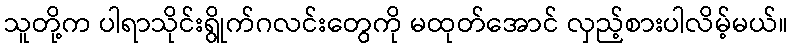
သူတို့က ပါရာသိုင်းရွိုက်ဂလင်းတွေကို မထုတ်အောင် လှည့်စားပါလိမ့်မယ်။